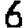
Digit: 6